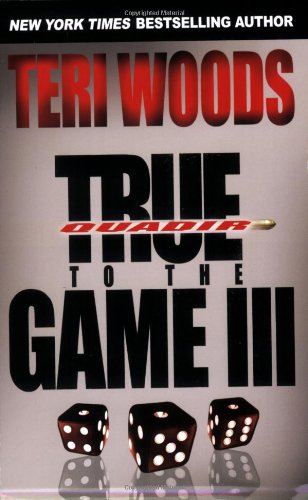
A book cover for True to the Game III; Teri Woods; Literature & Fiction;